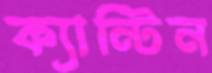
ক্যান্টিন